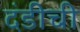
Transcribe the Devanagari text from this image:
दंडीची